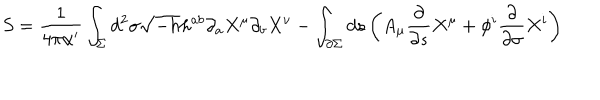
LaTeX: S = \frac { 1 } { 4 \pi \alpha ^ { \prime } } \int _ { \Sigma } d ^ { 2 } \sigma \sqrt { - h } h ^ { a b } \partial _ { a } X ^ { \mu } \partial _ { b } X ^ { \nu } - \int _ { \partial \Sigma } d s \left( A _ { \mu } \frac { \partial } { \partial s } X ^ { \mu } + \phi ^ { i } \frac { \partial } { \partial \sigma } X ^ { i } \right)